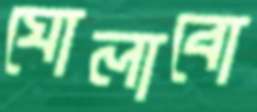
ঘোলাবো